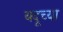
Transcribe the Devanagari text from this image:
यदूच्या